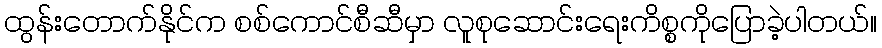
ထွန်းတောက်နိုင်က စစ်ကောင်စီဆီမှာ လူစုဆောင်းရေးကိစ္စကိုပြောခဲ့ပါတယ်။